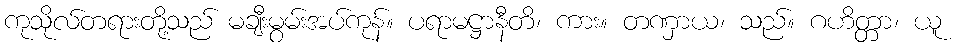
ကုသိုလ်တရားတို့သည် မချီးမွမ်းအပ်ကုန်။ ပရာမဋ္ဌာနီတိ၊ ကား။ တဏှာယ၊ သည်။ ဂဟိတ္တာ၊ ယူ